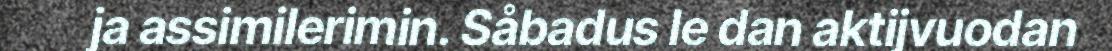
ja assimilerimin. Såbadus le dan aktijvuodan